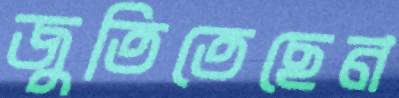
জুতিতেছেন